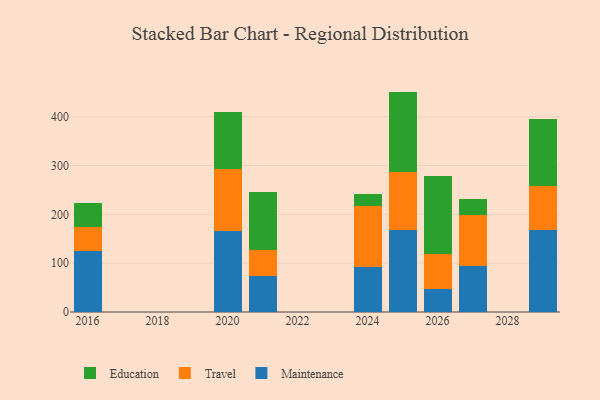
{"axis": {"x": "Year", "y": "Tickets Resolved"}, "legend": ["Education", "Maintenance", "Travel"], "data": [{"x": "2029", "y": 168.5, "type": "Maintenance"}, {"x": "2029", "y": 88.7, "type": "Travel"}, {"x": "2029", "y": 137.9, "type": "Education"}, {"x": "2021", "y": 73.3, "type": "Maintenance"}, {"x": "2021", "y": 53.2, "type": "Travel"}, {"x": "2021", "y": 120.0, "type": "Education"}, {"x": "2024", "y": 92.5, "type": "Maintenance"}, {"x": "2024", "y": 123.9, "type": "Travel"}, {"x": "2024", "y": 26.3, "type": "Education"}, {"x": "2016", "y": 124.3, "type": "Maintenance"}, {"x": "2016", "y": 50.1, "type": "Travel"}, {"x": "2016", "y": 49.4, "type": "Education"}, {"x": "2020", "y": 166.2, "type": "Maintenance"}, {"x": "2020", "y": 127.4, "type": "Travel"}, {"x": "2020", "y": 115.7, "type": "Education"}, {"x": "2025", "y": 167.4, "type": "Maintenance"}, {"x": "2025", "y": 120.0, "type": "Travel"}, {"x": "2025", "y": 164.0, "type": "Education"}, {"x": "2026", "y": 47.2, "type": "Maintenance"}, {"x": "2026", "y": 71.0, "type": "Travel"}, {"x": "2026", "y": 161.0, "type": "Education"}, {"x": "2027", "y": 94.2, "type": "Maintenance"}, {"x": "2027", "y": 104.2, "type": "Travel"}, {"x": "2027", "y": 32.6, "type": "Education"}]}